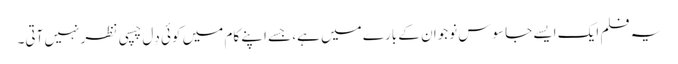
یہ فلم ایک ایسے جاسوس نوجوان کے بارے میں ہے، جسے اپنے کام میں کوئی دِل چسپی نظر نہیں آتی۔